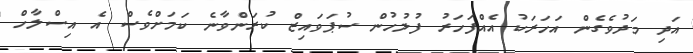
އަދި މަދުވެގެން އަހަރަކު އެއްފަހަރު ފުލުހުން ސުޕަވައިޒް ކުރަންވާނެ ކަމަށްވެސް އެ އިސްލާހް